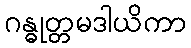
ဂန္ဓုတ္တမဒါယိကာ